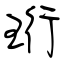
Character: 珩